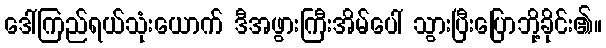
ဒေါ်ကြည်ရယ်သုံးယောက် ဒီအဖွားကြီးအိမ်ပေါ် သွားပြီးပြောဘို့ခိုင်း၏။